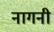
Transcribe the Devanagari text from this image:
नागनी